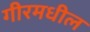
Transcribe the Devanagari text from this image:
गीरमधील